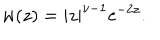
w ( z ) = | z | ^ { \nu - 1 } \mathrm { e } ^ { - 2 z } .